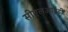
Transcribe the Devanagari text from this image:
सीएलआईडी